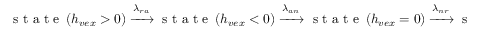
\mathrm { ~ s ~ t ~ a ~ t ~ e ~ } \left( h _ { v e x } > 0 \right) \xrightarrow { \lambda _ { r a } } \mathrm { ~ s ~ t ~ a ~ t ~ e ~ } \left( h _ { v e x } < 0 \right) \xrightarrow { \lambda _ { a n } } \mathrm { ~ s ~ t ~ a ~ t ~ e ~ } \left( h _ { v e x } = 0 \right) \xrightarrow { \lambda _ { n r } } \mathrm { ~ s ~ t ~ a ~ t ~ e ~ } \left( h _ { v e x } > 0 \right)